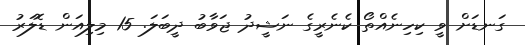
ގަނޑަށް ވީ ކިހިނެއްތޯ ކެނެރީގެ ނަޝީދު ޖަވާބު ދީބަލަ. 15 މިިލިއަން ޑޮލަރު